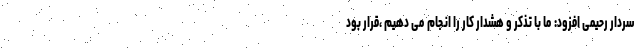
سردار رحیمی افزود: ما با تذکر و هشدار کار را انجام می دهیم ،قرار بود